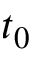
t _ { 0 }